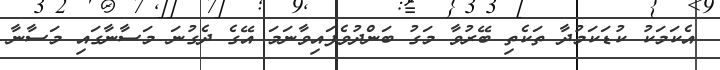
އެކަމަކު ކުޑަކަމުދާ ތަކެތި ބޭރުވާ މަގު ބަންދުވެފައިވާނަމަ އޭގެ ދެގުނަ މަސާނާގައި މަސާނާ